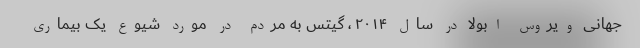
جهانی ویروس ابولا در سال ۲۰۱۴ ، گیتس به مردم در مورد شیوع یک بیماری